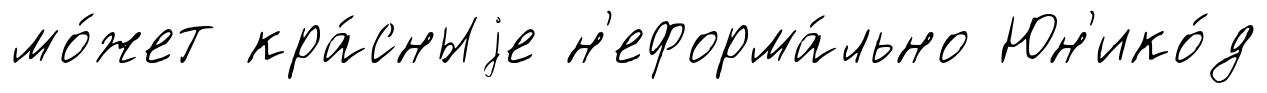
мо́жет кра́сныjе н'еформа́льно Юн'ико́д